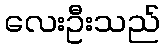
လေးဦးသည်